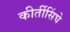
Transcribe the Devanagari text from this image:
कीर्तीसिंघे